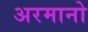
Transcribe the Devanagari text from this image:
अरमानो